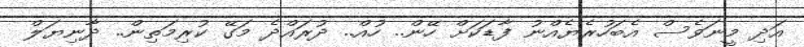
އަދި މީނަވެސް އެބަހުރެޔެއްނު ފާޑަކަށް ހޭން.. ހުއް.. ދުރައްދެ މަގޭ ކުރިމަތިން.. ދާނިޔަލް